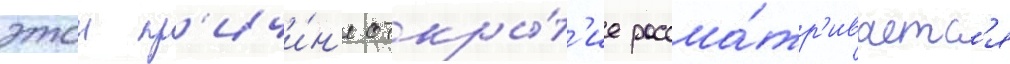
этои пр'ичи́н'е откры́т'ие рассма́тр'иваетс'я